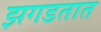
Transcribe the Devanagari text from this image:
झगडतात